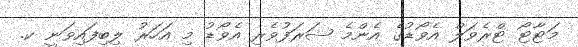
މަޓާޓޯ ޓްރެވަލް އެވޯޑުގެ އެންމެ ޝަރަފުވެރި އެވޯޑު މި އަހަރު ލިބިފައިވަނީ ކ.